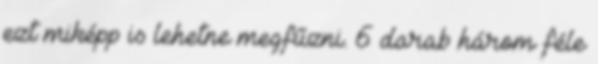
ezt miképp is lehetne megfűzni. 6 darab három féle